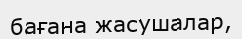
бағана жасушалар,